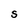
Character: S